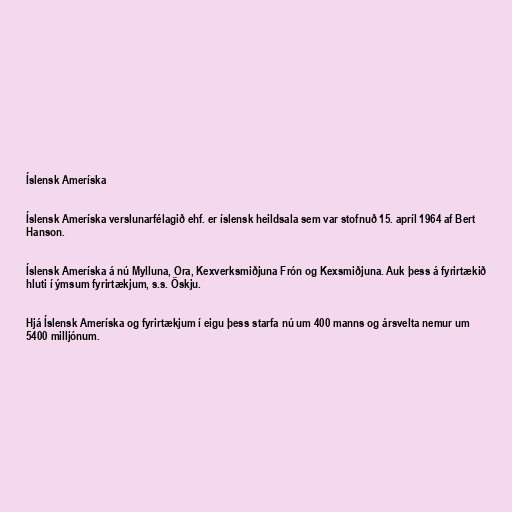
Íslensk Ameríska

Íslensk Ameríska verslunarfélagið ehf. er íslensk heildsala sem var stofnuð 15. apríl 1964 af Bert
Hanson.

Íslensk Ameríska á nú Mylluna, Ora, Kexverksmiðjuna Frón og Kexsmiðjuna. Auk þess á fyrirtækið
hluti í ýmsum fyrirtækjum, s.s. Öskju.

Hjá Íslensk Ameríska og fyrirtækjum í eigu þess starfa nú um 400 manns og ársvelta nemur um
5400 milljónum.